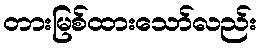
တားမြစ်ထားသော်လည်း